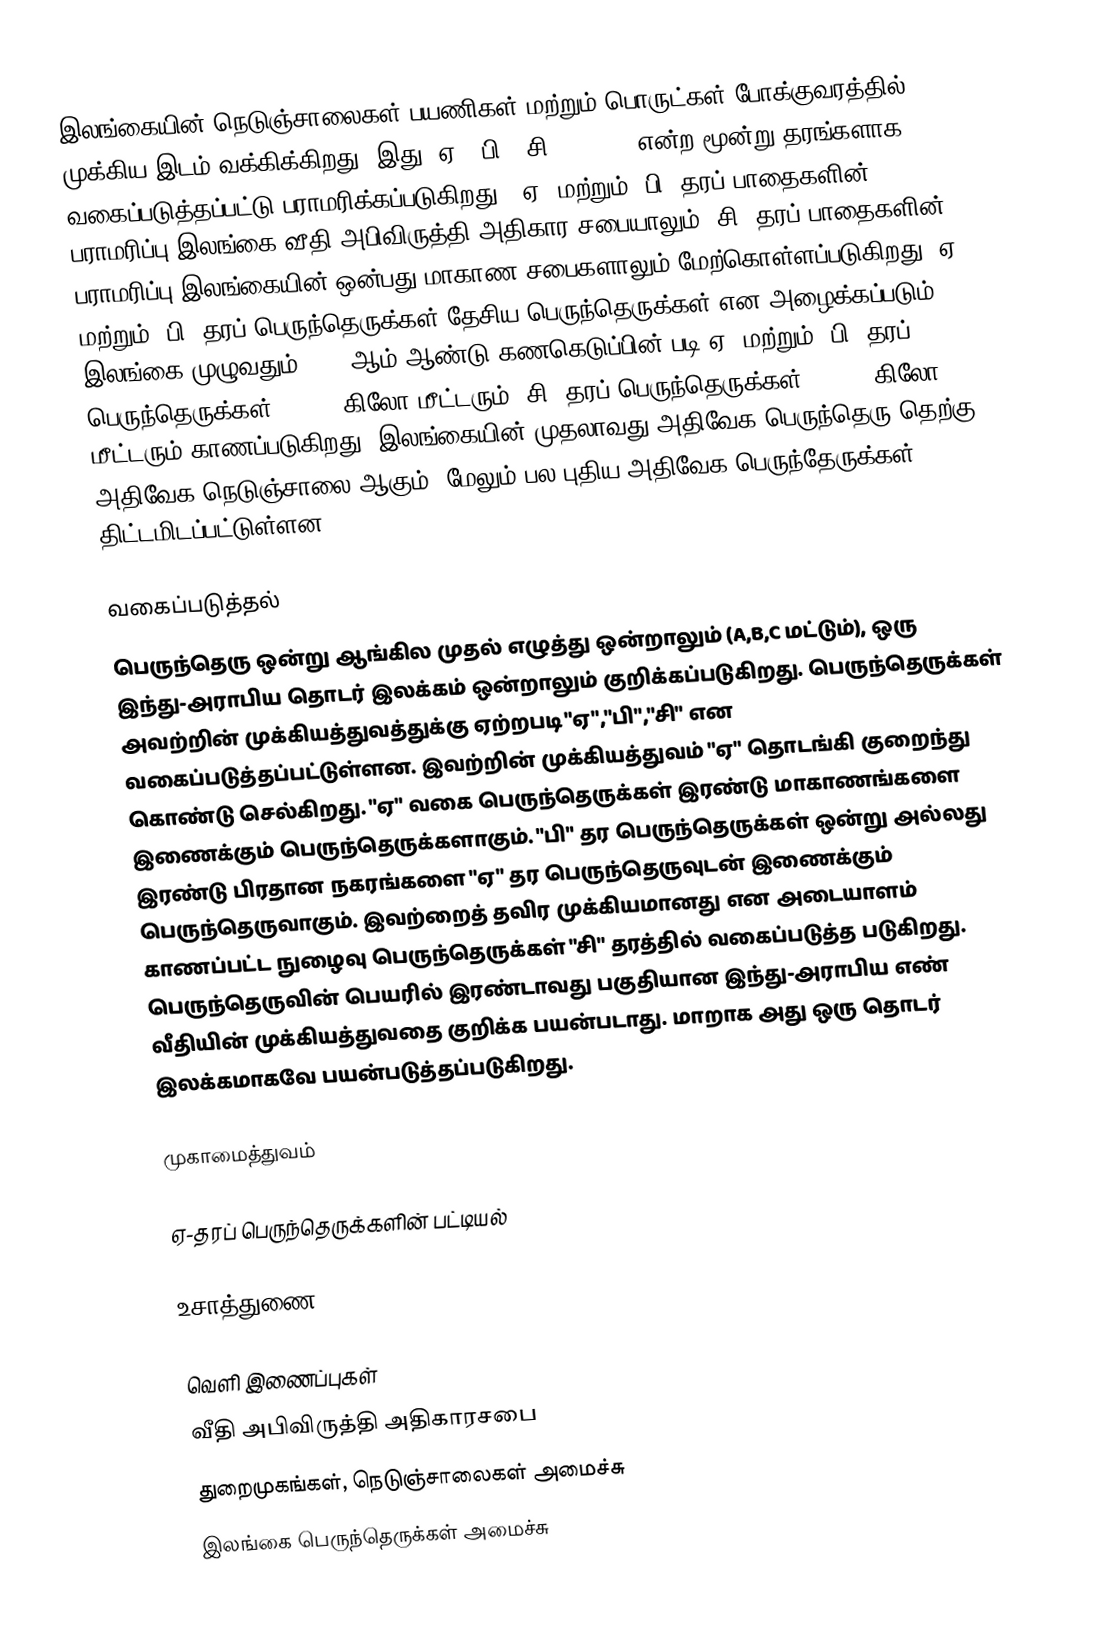
இலங்கையின் நெடுஞ்சாலைகள் பயணிகள் மற்றும் பொருட்கள் போக்குவரத்தில் முக்கிய இடம் வக்கிக்கிறது. இது "ஏ","பி","சி" (A,B,C) என்ற மூன்று தரங்களாக வகைப்படுத்தப்பட்டு பராமரிக்கப்படுகிறது. "ஏ" மற்றும் "பி" தரப் பாதைகளின் பராமரிப்பு இலங்கை வீதி அபிவிருத்தி அதிகார சபையாலும் "சி" தரப் பாதைகளின் பராமரிப்பு இலங்கையின் ஒன்பது மாகாண சபைகளாலும் மேற்கொள்ளப்படுகிறது. ஏ" மற்றும் "பி" தரப் பெருந்தெருக்கள் தேசிய பெருந்தெருக்கள் என அழைக்கப்படும். இலங்கை முழுவதும் 2004 ஆம் ஆண்டு கணகெடுப்பின் படி ஏ" மற்றும் "பி" தரப் பெருந்தெருக்கள் 11,716 கிலோ மீட்டரும் "சி" தரப் பெருந்தெருக்கள் 80,191 கிலோ மீட்டரும் காணப்படுகிறது. இலங்கையின் முதலாவது அதிவேக பெருந்தெரு தெற்கு அதிவேக நெடுஞ்சாலை ஆகும். மேலும் பல புதிய அதிவேக பெருந்தேருக்கள் திட்டமிடப்பட்டுள்ளன.

வகைப்படுத்தல்
பெருந்தெரு ஒன்று ஆங்கில முதல் எழுத்து ஒன்றாலும் (A,B,C மட்டும்), ஒரு இந்து-அராபிய தொடர் இலக்கம் ஒன்றாலும் குறிக்கப்படுகிறது. பெருந்தெருக்கள் அவற்றின் முக்கியத்துவத்துக்கு ஏற்றபடி "ஏ","பி","சி" என வகைப்படுத்தப்பட்டுள்ளன. இவற்றின் முக்கியத்துவம் "ஏ" தொடங்கி குறைந்து கொண்டு செல்கிறது. "ஏ" வகை பெருந்தெருக்கள் இரண்டு மாகாணங்களை இணைக்கும் பெருந்தெருக்களாகும். "பி" தர பெருந்தெருக்கள் ஒன்று அல்லது இரண்டு பிரதான நகரங்களை "ஏ" தர பெருந்தெருவுடன் இணைக்கும் பெருந்தெருவாகும். இவற்றைத் தவிர முக்கியமானது என அடையாளம் காணப்பட்ட நுழைவு பெருந்தெருக்கள் "சி" தரத்தில் வகைப்படுத்த படுகிறது. பெருந்தெருவின் பெயரில் இரண்டாவது பகுதியான இந்து-அராபிய எண் வீதியின் முக்கியத்துவதை குறிக்க பயன்படாது. மாறாக அது ஒரு தொடர் இலக்கமாகவே பயன்படுத்தப்படுகிறது.

முகாமைத்துவம்

ஏ-தரப் பெருந்தெருக்களின் பட்டியல்

உசாத்துணை

வெளி இணைப்புகள்
 வீதி அபிவிருத்தி அதிகாரசபை
 துறைமுகங்கள், நெடுஞ்சாலைகள் அமைச்சு
 இலங்கை பெருந்தெருக்கள் அமைச்சு